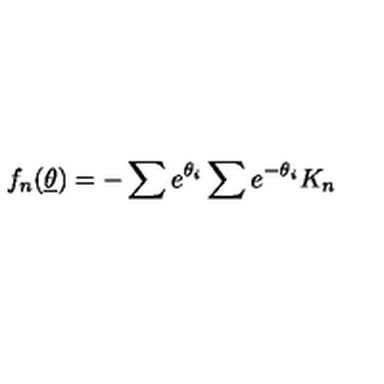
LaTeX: f _ { n } ( \underline { { \theta } } ) = - \sum e ^ { \theta _ { i } } \sum e ^ { - \theta _ { i } } K _ { n }